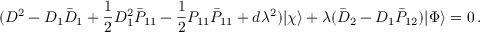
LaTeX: ( { \cal D } ^ { 2 } - D _ { 1 } \bar { D } _ { 1 } + \frac { 1 } { 2 } D _ { 1 } ^ { 2 } \bar { P } _ { 1 1 } - \frac { 1 } { 2 } P _ { 1 1 } \bar { P } _ { 1 1 } + d \lambda ^ { 2 } ) | \chi \rangle + \lambda ( \bar { D } _ { 2 } - D _ { 1 } \bar { P } _ { 1 2 } ) | \Phi \rangle = 0 \, .